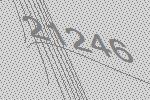
21246